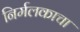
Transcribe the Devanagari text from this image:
निर्मलकाचा